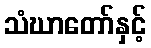
သံဃာတော်နှင့်